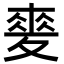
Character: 𡕲